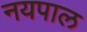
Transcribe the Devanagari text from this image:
नयपाल